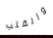
والقلب